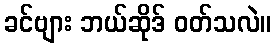
ခင်ဗျား ဘယ်ဆိုဒ် ဝတ်သလဲ။